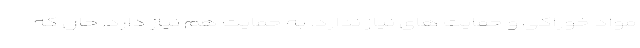
مواد خوراکی و حمایت های نیاز ندارد. به حمایت هم نیاز دارد. حال که